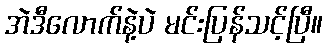
အဲဒီလောက်နဲ့ပဲ မင်းပြန်သင့်ပြီ။